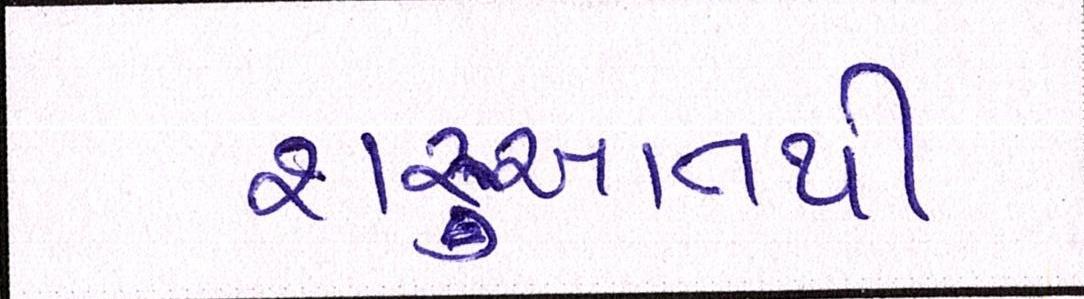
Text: શરૃઆતથી